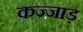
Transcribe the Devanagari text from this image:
कज्जाड़